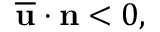
\overline { { \mathbf { u } } } \cdot \mathbf { n } < 0 ,